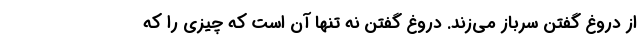
از دروغ گفتن سرباز می‌زند. دروغ گفتن نه تنها آن است که چیزی را که